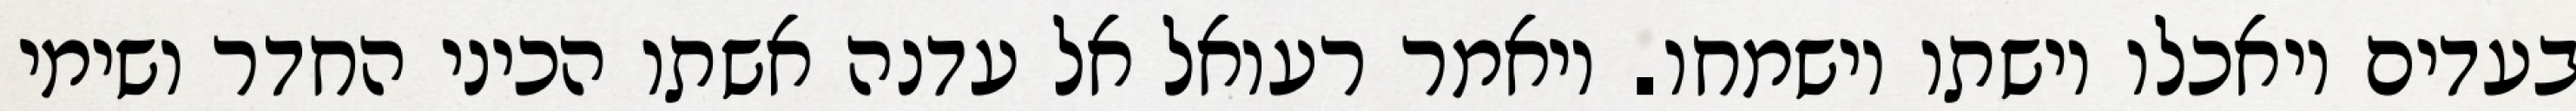
בעדים ויאכלו וישתו וישמחו. ויאמר רעואל אל עדנה אשתו הכיני החדר ושימי